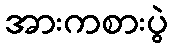
အားကစားပွဲ